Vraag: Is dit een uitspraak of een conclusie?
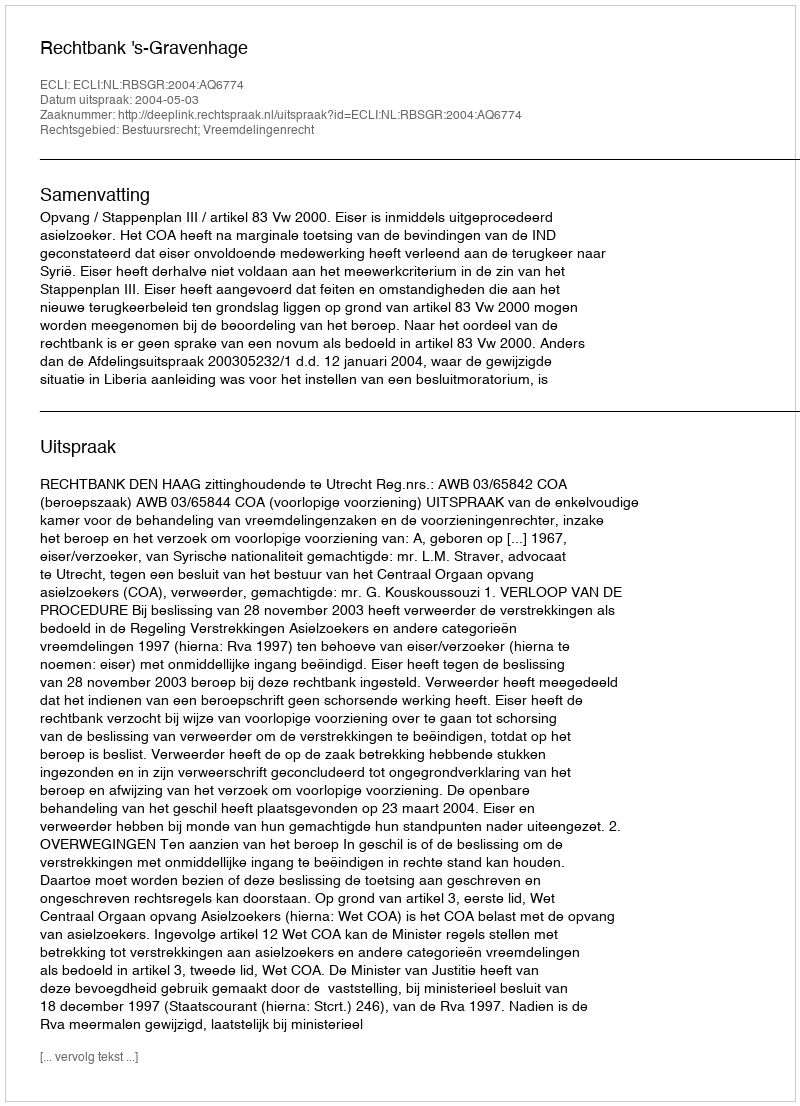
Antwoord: Uitspraak